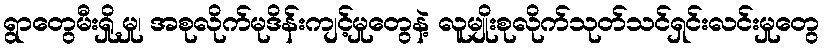
ရွာတွေမီးရှို့မှု၊ အစုလိုက်မုဒိန်းကျင့်မှုတွေနဲ့ လူမျိုးစုလိုက်သုတ်သင်ရှင်းလင်းမှုတွေ